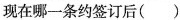
现在哪一条约签订后()